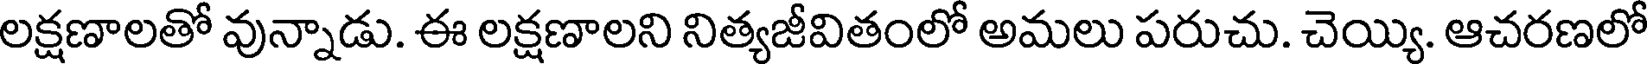
లక్షణాలతో వున్నాడు. ఈ లక్షణాలని నిత్యజీవితంలో అమలు పరుచు. చెయ్యి. ఆచరణలో